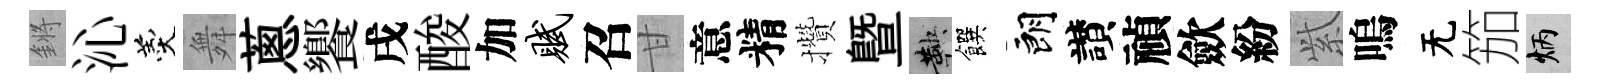
鏘沁羹舞蔥饗戌酸加赋召甘意精攢曁鞅饌朗讃禎歛紛𬗋嗚无笳炳